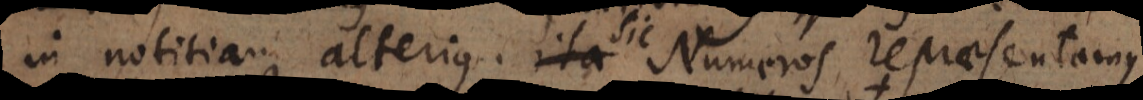
in notitiam alterius. Sic Numeros repraesentamus